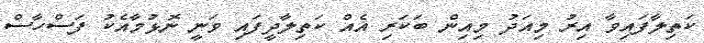
ކަތިލާފައިވާ އިރު މިއަދު މިއިން ބަކަރި އެއް ކަތިލާދީފައި ވަނީ ނޮޅުމާއެކު ފަސްހާސް